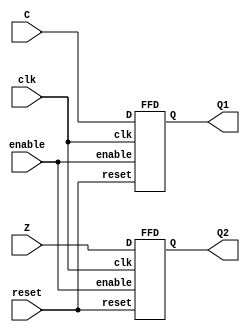
// Univeridad del Valle de Guatemala
// Proyecto final, Procesador
// Estephan Portales
// 19826


module Flags(clk, reset, enable,C,Z,Q1,Q2);

input wire clk, reset, enable;
input wire C,Z;
output wire Q1,Q2;


  FFD U1(clk, reset, enable, C, Q1);
  FFD U2(clk, reset, enable, Z, Q2);

endmodule

// Flip-Flop complemento
module FFD(clk,reset,enable,D,Q);
// Configurar los puertos
input wire clk;
input wire reset;
input wire enable;
input wire D;
output reg Q;
// Salida segn la seal del reloj y resetear cuando se desee
  always @(posedge clk or posedge reset)
    begin
      if (reset) Q <= 1'b0;
      else if (enable) Q <= D;
      else Q <= Q;
    end

endmodule